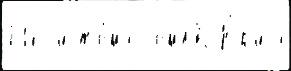
714 с'ист'е́ма С'емл'́во Ю́р'иjа